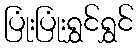
ပြုံးပြုံးရွှင်ရွှင်